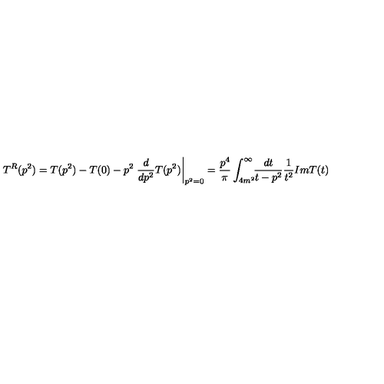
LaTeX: T ^ { R } ( p ^ { 2 } ) = T ( p ^ { 2 } ) - T ( 0 ) - p ^ { 2 } \left. \frac { d } { d p ^ { 2 } } T ( p ^ { 2 } ) \right| _ { p ^ { 2 } = 0 } = \frac { p ^ { 4 } } { \pi } \int _ { 4 m ^ { 2 } } ^ { \infty } \! \! \frac { d t } { t - p ^ { 2 } } \frac { 1 } { t ^ { 2 } } I m T ( t )